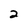
Character: 2